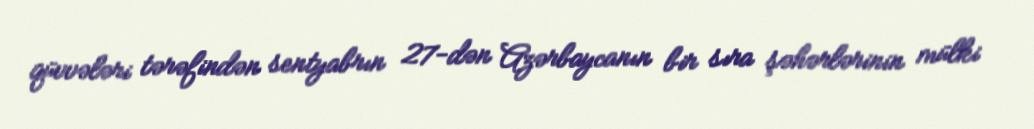
qüvvələri tərəfindən sentyabrın 27-dən Azərbaycanın bir sıra şəhərlərinin mülki